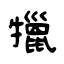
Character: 犣